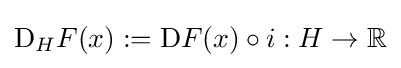
\mathrm {D} _{H}F(x):=\mathrm {D} F(x)\circ i:H\to \mathbb {R}